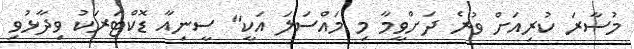
މުސާރަ ކުރިއަށް ވުރެ ދަށްވީމާ މި މައްސަލަ އަކީ" ސީނިއާ ޑޮކްޓަރަކު ވިދާޅުވި